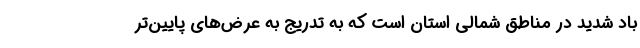
باد شدید در مناطق شمالی استان است که به تدریج به عرض‌های پایین‌تر